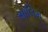
સાલિમ